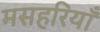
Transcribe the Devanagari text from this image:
मसहरियाँ